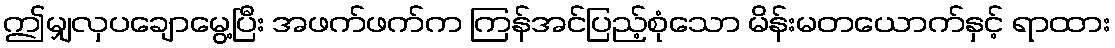
ဤမျှလှပချောမွေ့ပြီး အဖက်ဖက်က ကြန်အင်ပြည့်စုံသော မိန်းမတယောက်နှင့် ရာထား